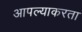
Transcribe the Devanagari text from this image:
आपल्याकरता